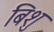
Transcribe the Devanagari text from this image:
बिशु